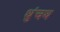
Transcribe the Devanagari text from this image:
थुंचथ